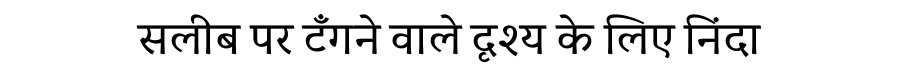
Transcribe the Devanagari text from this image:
सलीब पर टँगने वाले दृश्य के लिए निंदा